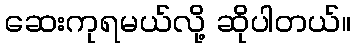
ဆေးကုရမယ်လို့ ဆိုပါတယ်။